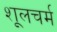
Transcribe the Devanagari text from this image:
शूलचर्म